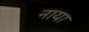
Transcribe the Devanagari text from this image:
नाया